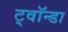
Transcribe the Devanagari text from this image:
ट्वॉन्डा